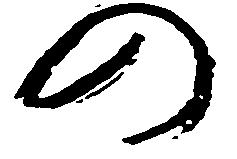
の